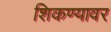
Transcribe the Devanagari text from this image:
शिकण्यावर